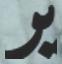
ير